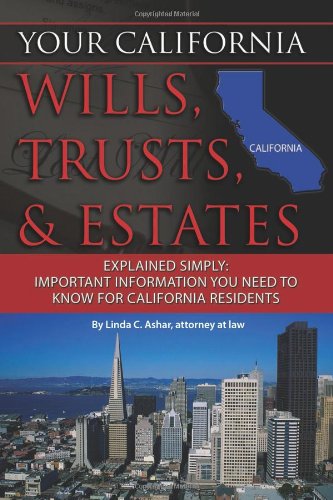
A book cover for Your California Wills, Trusts, & Estates Explained Simply: Important Information You Need to Know for California Residents (Back-To-Basics); Linda C Ashar; Law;